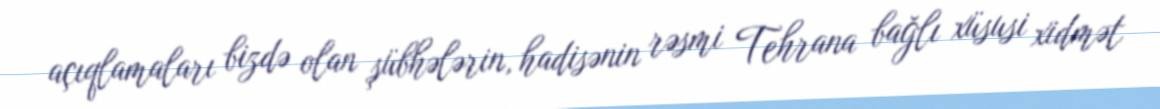
açıqlamaları bizdə olan şübhələrin, hadisənin rəsmi Tehrana bağlı xüsusi xidmət